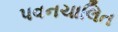
પવનચાલિત